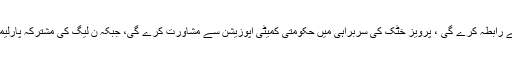
بل پیش کرنے سے قبل حکومت اپوزیشن سے رابطہ کرے گی ، پرویز خٹک کی سربراہی میں حکومتی کمیٹی اپوزیشن سے مشاورت کرے گی، جبکہ ن لیگ کی مشترکہ پارلیمانی پارٹی کا اجلاس بھی طلب کرلیا گیا ہے۔